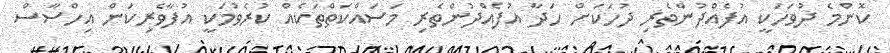
ކޮންމެ ދުވަހަކީ އުފެއްދުންތެރި ދުހަކަށް ހަދާ އުފެއްދުންތެރި މަސައްކަތްތަކެއް ކުރެވުމަކީ އުފާވެރިކަން އިހްސާސް